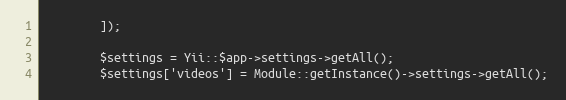
Language: PHP
        ]);

        $settings = Yii::$app->settings->getAll();
        $settings['videos'] = Module::getInstance()->settings->getAll();